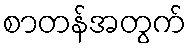
စာတန်အတွက်